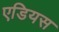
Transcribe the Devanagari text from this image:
एडियस